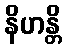
နိဟန္တိ